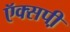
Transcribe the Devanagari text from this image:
ऍक्सपी़